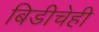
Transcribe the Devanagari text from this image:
बिडीचेही